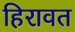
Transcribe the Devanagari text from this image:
हिरावत